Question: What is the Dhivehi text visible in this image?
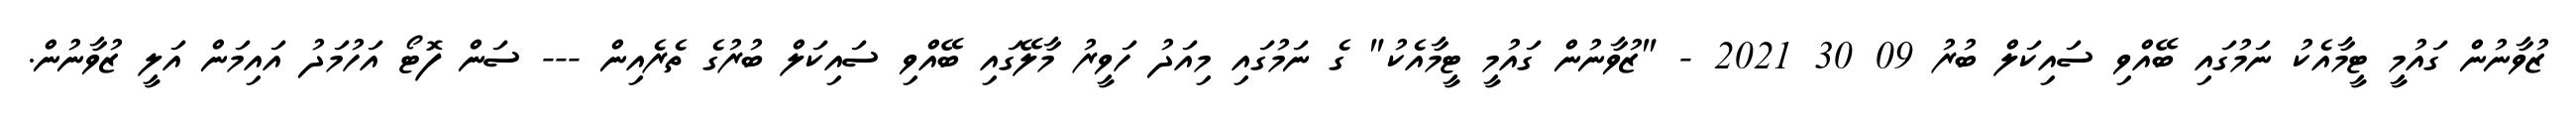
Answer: ޒުވާނުން ގައުމީ ޓީމާއެކު ނަމުގައި ބޭއްވި ސައިކަލް ބުރު 09 30 2021 - "ޒުވާނުން ގައުމީ ޓީމާއެކު" ގެ ނަމުގައި މިއަދު ހަވީރު މާލޭގައި ބޭއްވި ސައިކަލް ބުރުގެ ތެރެއިން --- ސަން ފޮޓޯ އަހުމަދު އައިމަން އަލީ ޒުވާނުން.